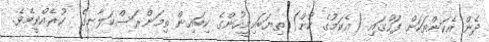
ދެން އެކަންތަކަށް ފަހުގައި (އެކަމުގެ ކުށް) ތިޔަބައިމީހުންގެ ކިބައިން ތިމަންރަސްކަލާނގެ  ކުރެއްވީމެވެ.